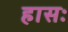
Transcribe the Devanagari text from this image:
हासः